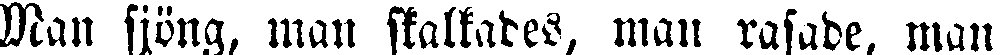
Man sjöng, man skattades, man rasade, man